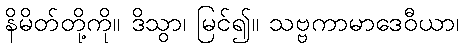
နိမိတ်တို့ကို။ ဒိသွာ၊ မြင်၍။ သဗ္ဗကာမာဒေဝီယာ၊